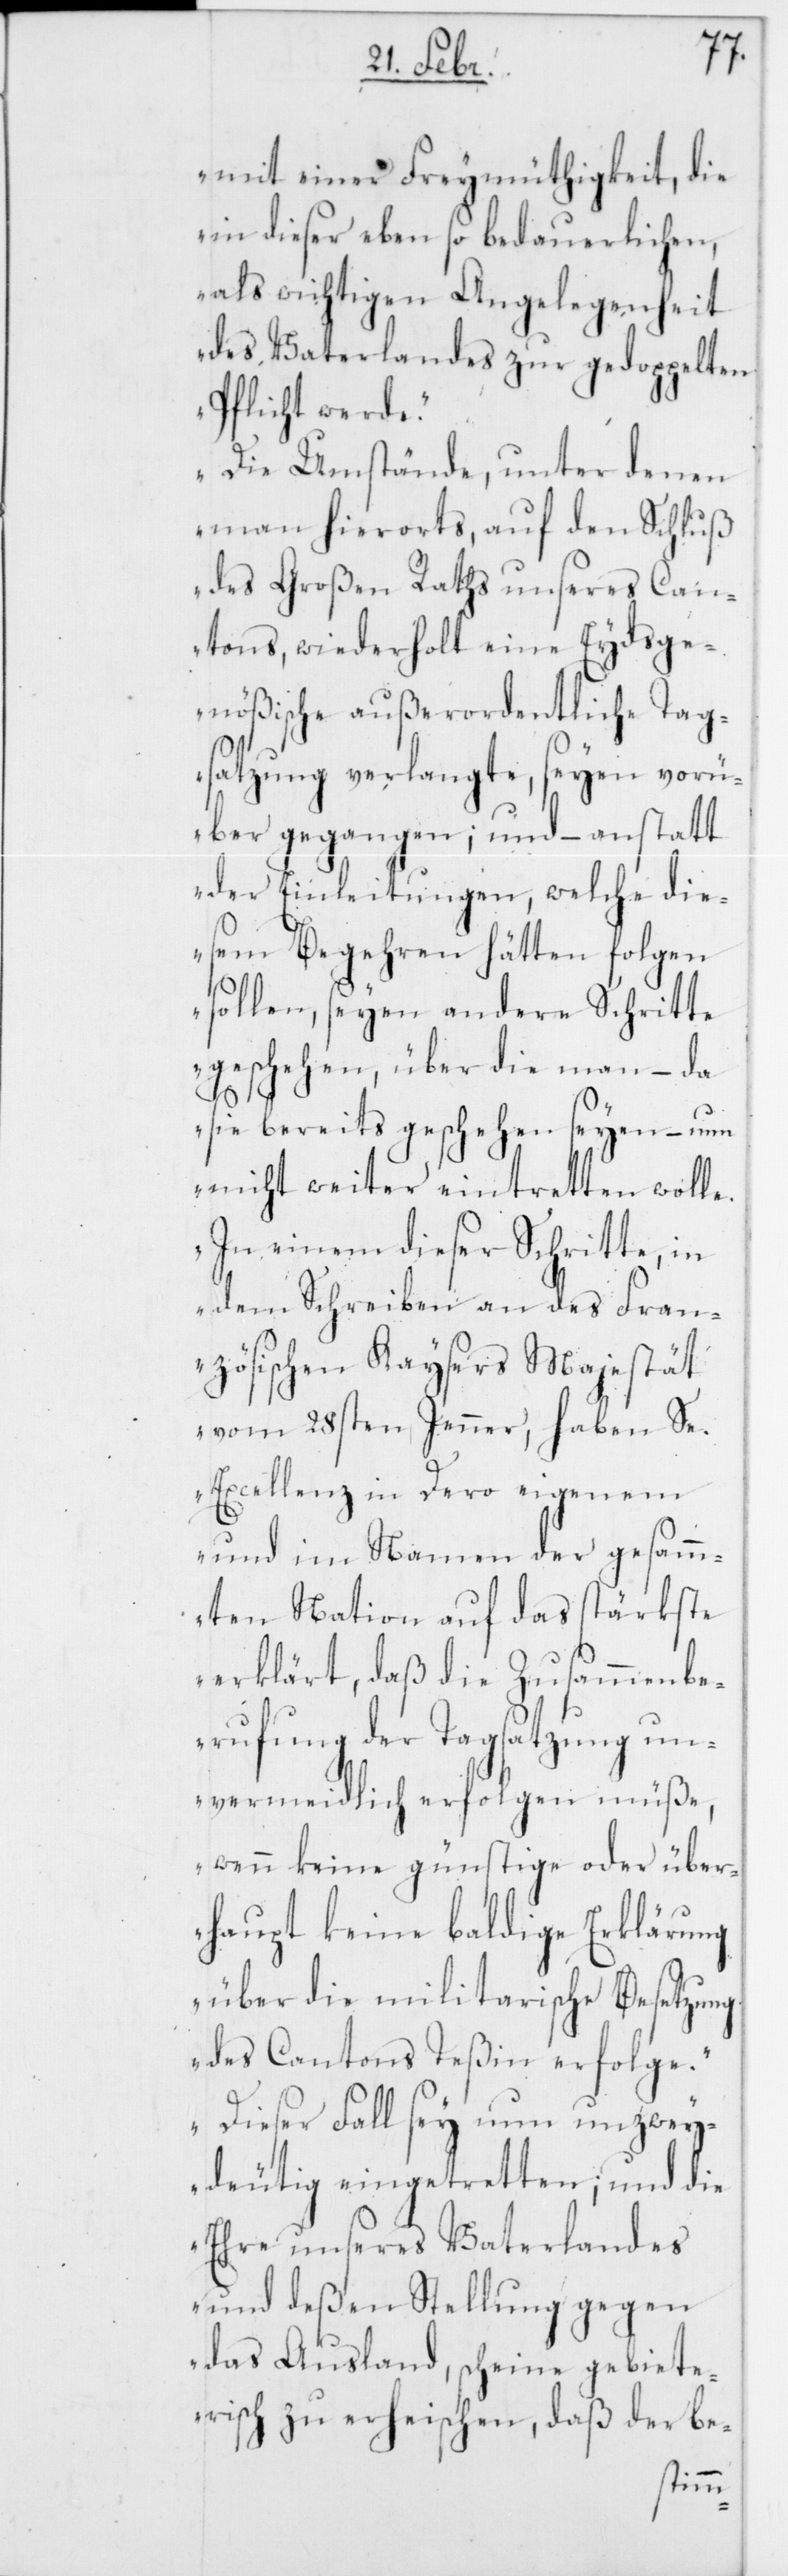
mit einer Freymüthigkeit, die
in dieser eben so bedauerlichen,
als wichtigen Angelegenheit
des Vaterlandes zur gedoppelten
Pflicht werde.
Die Umstände, unter denen
man hierorts, auf den Schluß
des Großen Raths unseres Can¬
tons, wiederholt eine Eydsge¬
nößische außerordentliche Tag¬
satzung verlangte, seyen vorü¬
ber gegangen; und – anstatt
der Einleitungen, welche die¬
sem Begehren hätten folgen
sollen, seyen andere Schritte
gerschehen, über die man – da
sie bereits geschehen seyen, – nun
nicht weiter eintretten wolle.
In einem dieser Schritte, in
dem Schreiben an des Fran¬
zösischen Kaysers Majestät
vom 28sten Jenner, haben Se.
Excellenz in Dero eigenem
und im Namen der gesam¬
ten Nation auf das stärkste
erklärt, daß die Zusammenbe¬
rufung der Tagsatzung un¬
vermeidlich erfolgen müße,
wenn keine günstige oder über¬
haupt keine baldige Erklärung
über die militarische Besetzung
des Cantons Teßin erfolge.
Dieser Fall sey nun unzwey¬
deutig eingetretten, und die
Ehre unseres Vaterlandes
und deßen Stellung gegen
das Ausland, scheine gebiete¬
risch zu erheischen, daß der be-